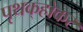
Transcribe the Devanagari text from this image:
पृथक्‌होकर